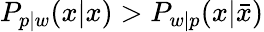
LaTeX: P_{p|w}(x|x)>P_{w|p}(x|\bar{x})